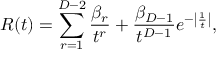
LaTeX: R ( t ) = \sum _ { r = 1 } ^ { D - 2 } { \frac { \beta _ { r } } { t ^ { r } } } + { \frac { \beta _ { D - 1 } } { t ^ { D - 1 } } } e ^ { - \left| { \frac { 1 } { t } } \right| } ,